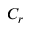
C _ { r }